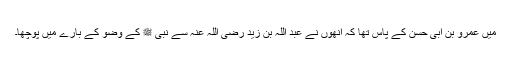
میں عمرو بن ابی حسن کے پاس تھا کہ انھوں نے عبد اللہ بن زید رضی اللہ عنہ سے نبی ﷺ کے وضو کے بارے میں پوچھا۔